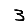
Digit: 3